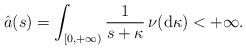
\begin{align*} \hat a(s) = \int_{[0,+ \infty)} \frac 1{s+\kappa} \, \nu({\rm d}\kappa) < + \infty.\end{align*}